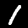
Digit: 1